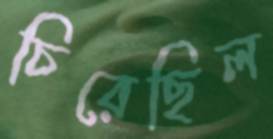
চিরেছিল